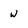
Character: w